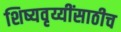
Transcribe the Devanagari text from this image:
शिष्यवृय्यींसाठीच